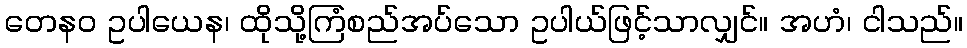
တေနဝ ဥပါယေန၊ ထိုသို့ကြံစည်အပ်သော ဥပါယ်ဖြင့်သာလျှင်။ အဟံ၊ ငါသည်။